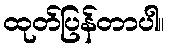
ထုတ်ပြန်တာပါ။